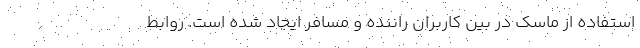
استفاده از ماسک در بین کاربران راننده و مسافر ایجاد شده است. روابط